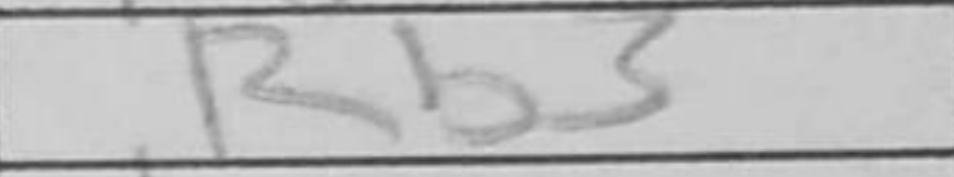
Transcription: Rb3